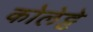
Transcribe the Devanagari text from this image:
कोलेट्टे